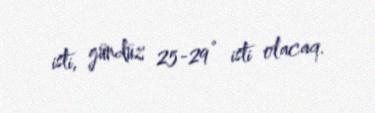
isti, gündüz 25-29° isti olacaq.